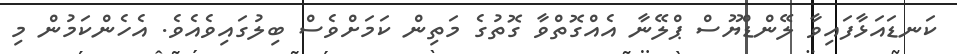
ކަނޑައަޅާފައިވާ ލޭންޑްޔޫސް ޕްލޭނާ އެއްގޮތްވާ ގޮތުގެ މަތިން ކަމަށްވެސް ބިލުގައިވެއެވެ. އެހެންކަމުން މި